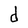
Character: d